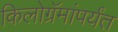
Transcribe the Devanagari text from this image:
किलोग्रॅमांपर्यंत